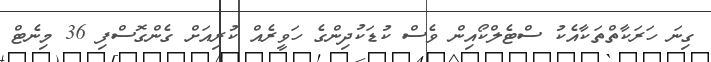
ގިނަ ހަރަކާތްތަކާއެކު ސްޓެލްކޯއިން ވެސް ކުޑަކުދިންގެ ހަވީރެއް ކުރިއަށް ގެންގޮސްފި 36 މިނެޓް